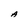
Character: A